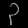
Digit: ၃